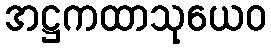
အဋ္ဌကထာသုယေဝ